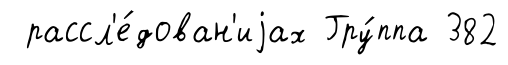
рассл'е́дован'иjах Гру́ппа 382